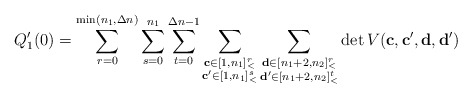
\begin{align*}Q'_1(0)=\sum\limits_{r=0}^{\min(n_1,\Delta n)}\sum\limits_{s=0}^{n_1}\sum\limits_{t=0}^{\Delta n-1}\sum\limits_{\substack{\mathbf{c}\in [1,n_1]_<^r\\\mathbf{c'}\in [1,n_1]_<^s}}\sum\limits_{\substack{\mathbf{d}\in [n_1+2,n_2]_<^r\\\mathbf{d'}\in [n_1+2,n_2]_<^t}}\det V(\mathbf{c},\mathbf{c'},\mathbf{d},\mathbf{d'})\end{align*}